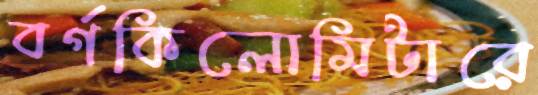
বর্গকিলোমিটারে